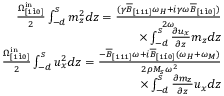
\begin{array} { r } { \frac { \Omega _ { [ 1 \bar { 1 } 0 ] } ^ { \mathrm { i n } } } { 2 } \int _ { - d } ^ { s } m _ { z } ^ { 2 } d z = \frac { ( \gamma \overline { { B } } _ { [ 1 1 1 ] } \omega _ { H } + i \gamma \omega \overline { { B } } _ { [ 1 \bar { 1 } 0 ] } ) } { 2 \omega } } \\ { \times \int _ { - d } ^ { s } \frac { \partial u _ { x } } { \partial z } m _ { z } d z } \\ { \frac { \Omega _ { [ 1 \bar { 1 } 0 ] } ^ { \mathrm { i n } } } { 2 } \int _ { - d } ^ { s } u _ { x } ^ { 2 } d z = \frac { - \overline { { B } } _ { [ 1 1 1 ] } \omega + i \overline { { B } } _ { [ 1 \bar { 1 } 0 ] } ( \omega _ { H } + \omega _ { M } ) } { 2 \rho M _ { s } \omega ^ { 2 } } } \\ { \times \int _ { - d } ^ { s } \frac { \partial m _ { z } } { \partial z } u _ { x } d z } \end{array}